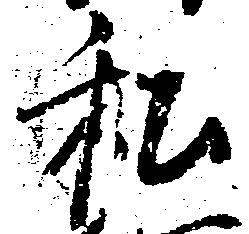
私